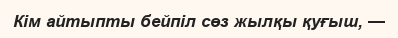
Кім айтыпты бейпіл сөз жылқы қуғыш, —